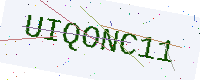
Text: UIQONC11